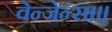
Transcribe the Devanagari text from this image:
वेन्जेन्स।।।